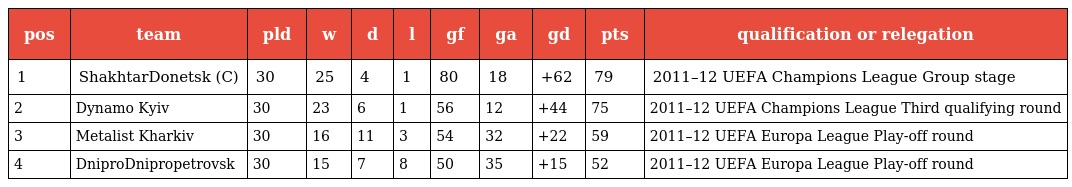
| pos | team | pld | w | d | l | gf | ga | gd | pts | qualification or relegation |
 | --- | --- | --- | --- | --- | --- | --- | --- | --- | --- | --- |
 | 1 | ShakhtarDonetsk (C) | 30 | 25 | 4 | 1 | 80 | 18 | +62 | 79 | 2011–12 UEFA Champions League Group stage |
 | 2 | Dynamo Kyiv | 30 | 23 | 6 | 1 | 56 | 12 | +44 | 75 | 2011–12 UEFA Champions League Third qualifying round |
 | 3 | Metalist Kharkiv | 30 | 16 | 11 | 3 | 54 | 32 | +22 | 59 | 2011–12 UEFA Europa League Play-off round |
 | 4 | DniproDnipropetrovsk | 30 | 15 | 7 | 8 | 50 | 35 | +15 | 52 | 2011–12 UEFA Europa League Play-off round |